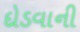
દોડવાની